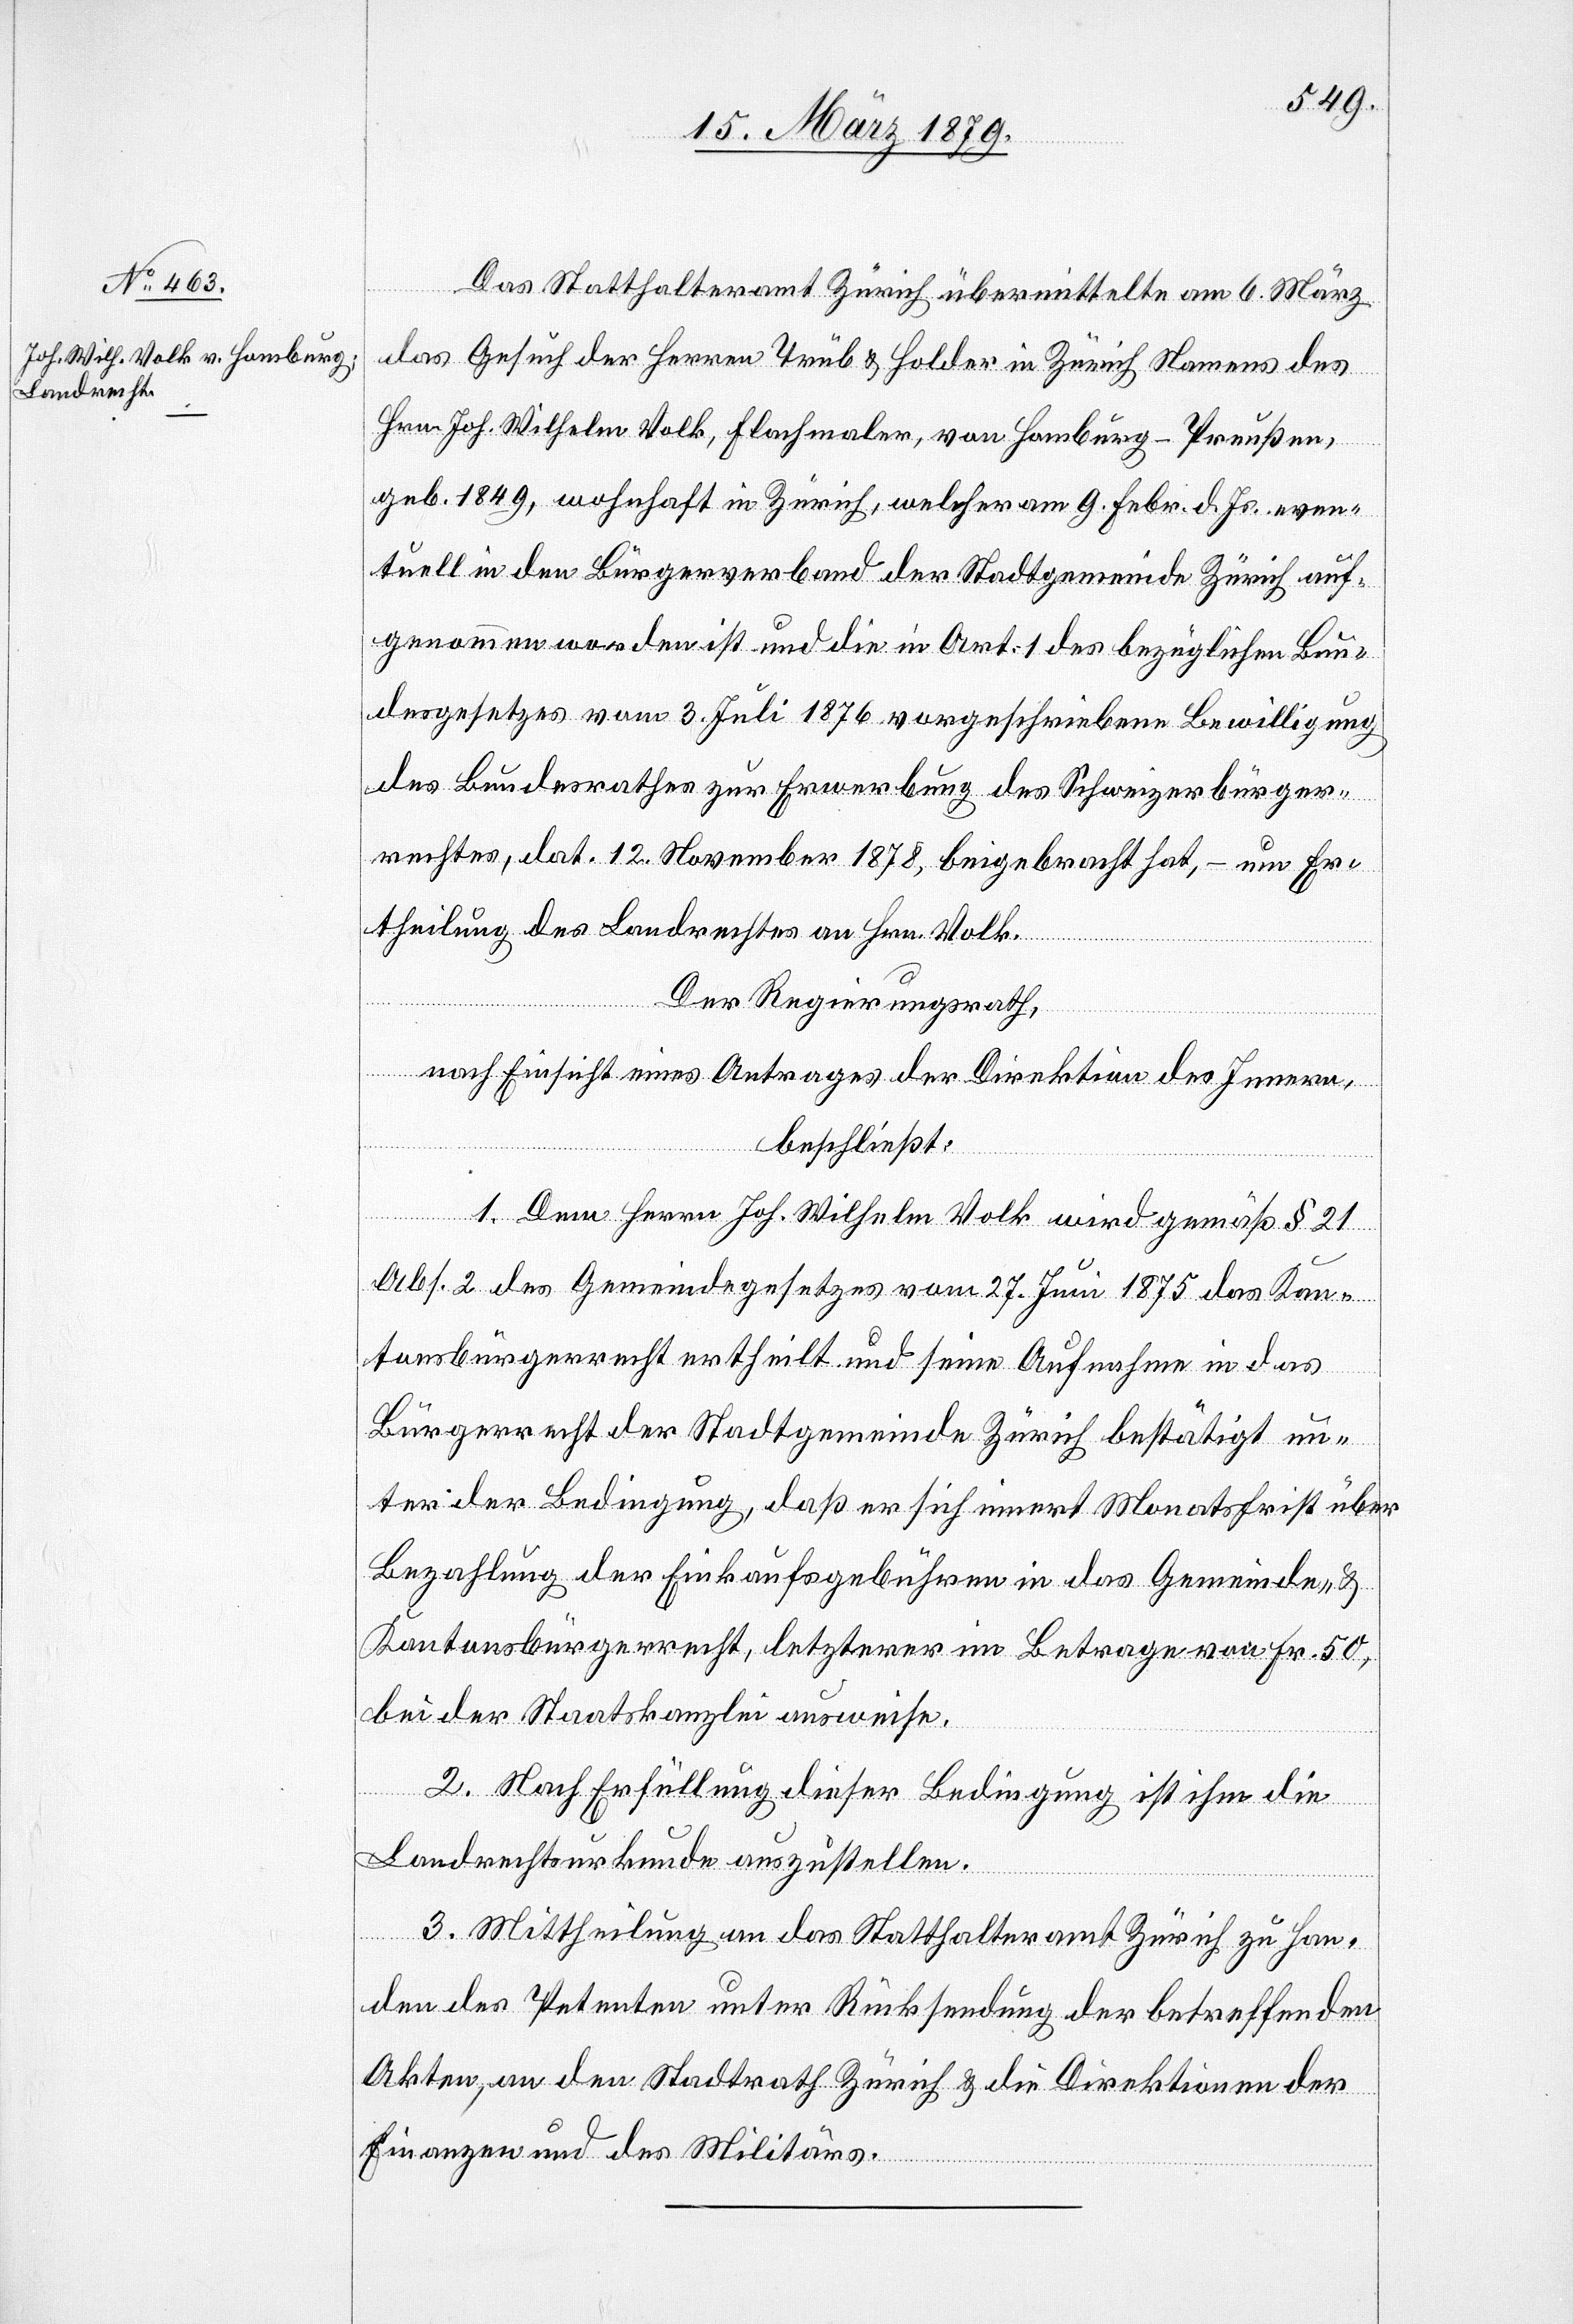
Das Statthalteramt Zürich übermittelte am 6. März
das Gesuch der Herren Trüb & Holder in Zürich Namens des
Hrn. Joh. Wilhelm Volk, Flachmaler, von Hamburg - Preußen,
geb. 1849, wohnhaft in Zürich, welcher am 9. Febr. d. Js. even¬
tuell in den Bürgerverband der Stadtgemeinde Zürich auf¬
genommen worden ist und die in Art. 1 des bezüglichen Bun¬
desgesetzes vom 3. Juli 1876 vorgeschriebene Bewilligung
des Bundesrathes zur Erwerbung des Schweizerbürger¬
rechtes, dat. 12. November 1878, beigebracht hat, – um Er¬
theilung des Landrechtes an Hrn. Volk.
Der Regierungsrath,
nach Einsicht eines Antrages der Direktion des Innern,
beschließt:
1. Dem Herrn Joh. Wilhelm Volk wird gemäß § 21
Abs. 2 des Gemeindegesetzes vom 27. Juni 1875 das Kan¬
tonsbürgerrecht ertheilt und seine Aufnahme in das
Bürgerrecht der Stadtgemeinde Zürich bestätigt un¬
ter der Bedingung, daß er sich innert Monatsfrist über
Bezahlung der Einkaufsgebühren in das Gemeinde- &
Kantonsbürgerrecht, letzterer im Betrage von Fr. 50,
bei der Staatskanzlei ausweise.
2. Nach Erfüllung dieser Bedingung ist ihm die
Landrechtsurkunde auszustellen.
3. Mittheilung an das Statthalteramt Zürich zu Han¬
den des Petenten unter Rücksendung der betreffenden
Akten, an den Stadtrath Zürich & die Direktionen der
Finanzen und des Militärs.